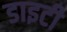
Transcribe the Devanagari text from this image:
डाइटी